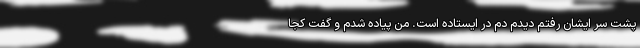
پشت سر ایشان رفتم دیدم دم در ایستاده است. من پیاده شدم و گفت کجا